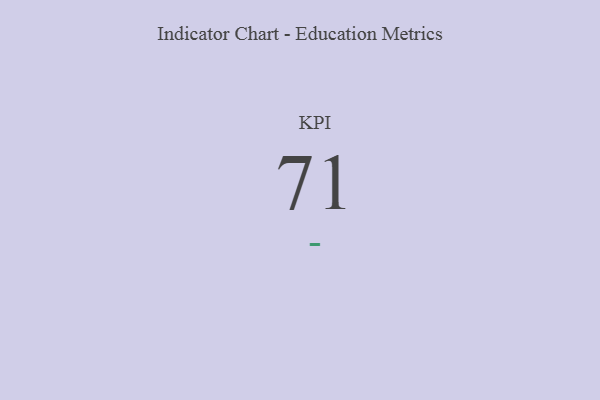
{"axis": {"x": "KPI", "y": "Value"}, "legend": [""], "data": [{"x": "KPI", "y": 71, "type": ""}]}